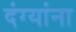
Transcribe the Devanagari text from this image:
दंग्यांना